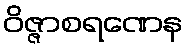
ဝိဇ္ဇာစရဏေန